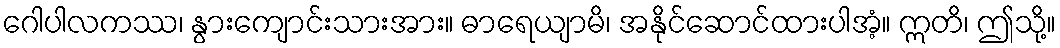
ဂေါပါလကဿ၊ နွားကျောင်းသားအား။ ဓာရေယျာမိ၊ အနိုင်ဆောင်ထားပါအံ့။ ဣတိ၊ ဤသို့။